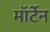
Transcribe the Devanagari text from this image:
मॉर्टेन